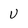
Character: V